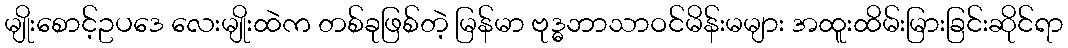
မျိုးစောင့်ဥပဒေ လေးမျိုးထဲက တစ်ခုဖြစ်တဲ့ မြန်မာ ဗုဒ္ဓဘာသာဝင်မိန်းမများ အထူးထိမ်းမြားခြင်းဆိုင်ရာ